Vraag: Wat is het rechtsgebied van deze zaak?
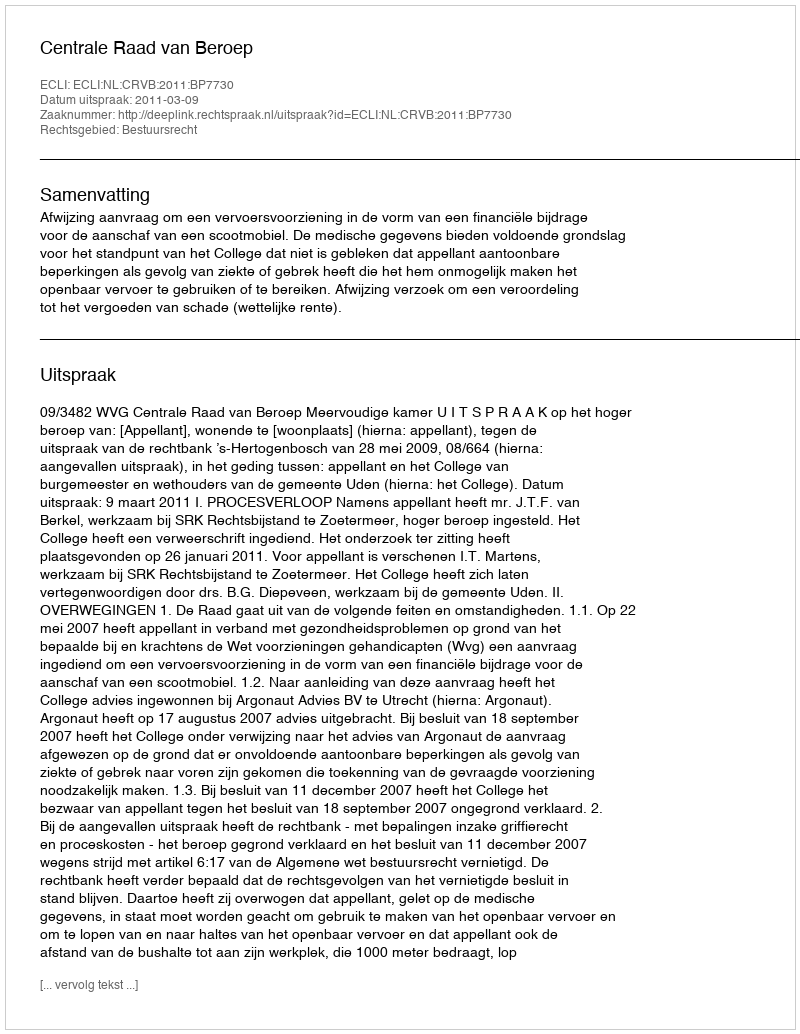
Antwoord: Bestuursrecht